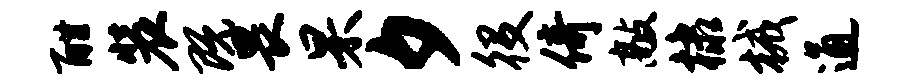
酣装既畏杲夕役倚敲棣械通